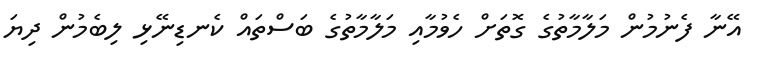
އޭނާ ފެނުމުން މަލާމާތުގެ ގޮތަށް ހެވުމާއި މަލާމާތުގެ ބަސްތައް ކެނޑިނޭޅި ލިބެމުން ދިޔަ